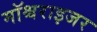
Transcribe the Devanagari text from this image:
मॉश्चराइजर